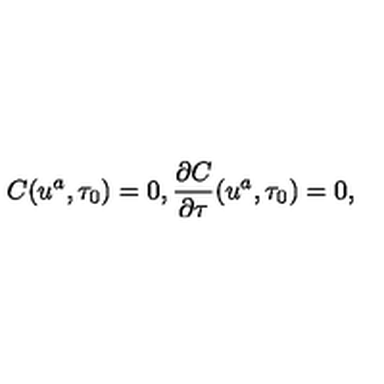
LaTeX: C ( u ^ { a } , \tau _ { 0 } ) = 0 , \frac { \partial C } { \partial \tau } ( u ^ { a } , \tau _ { 0 } ) = 0 ,